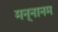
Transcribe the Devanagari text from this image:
मन्नानम